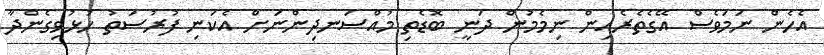
އެހެން ނަމަވެސް އޭގެތެރެއިން ނިމެމުން ދަނީ ބޮޑެތި މުއްސަނދިންނަށް އެކަނި ފުރުސަތު ހުޅުވިގެންދާ